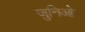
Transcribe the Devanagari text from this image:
जुनिओ